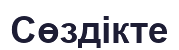
Сөздікте